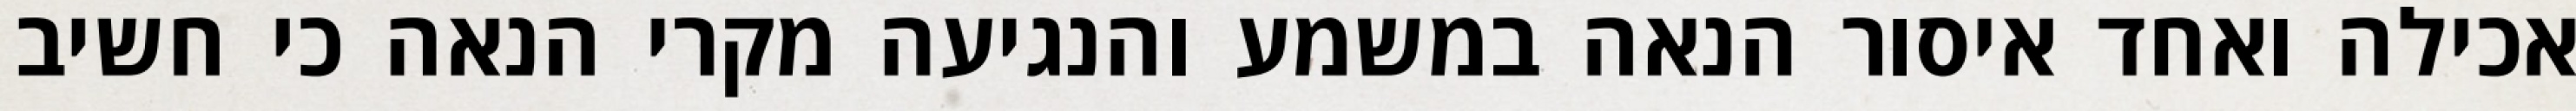
אכילה ואחד איסור הנאה במשמע והנגיעה מקרי הנאה כי חשיב